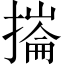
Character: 𢳳